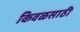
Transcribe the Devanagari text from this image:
किवळसाठी